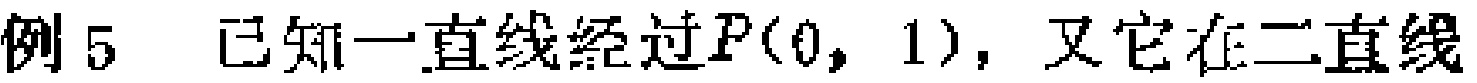
例5 已知一直线经过\(P(0,1)\)，又它在二直线